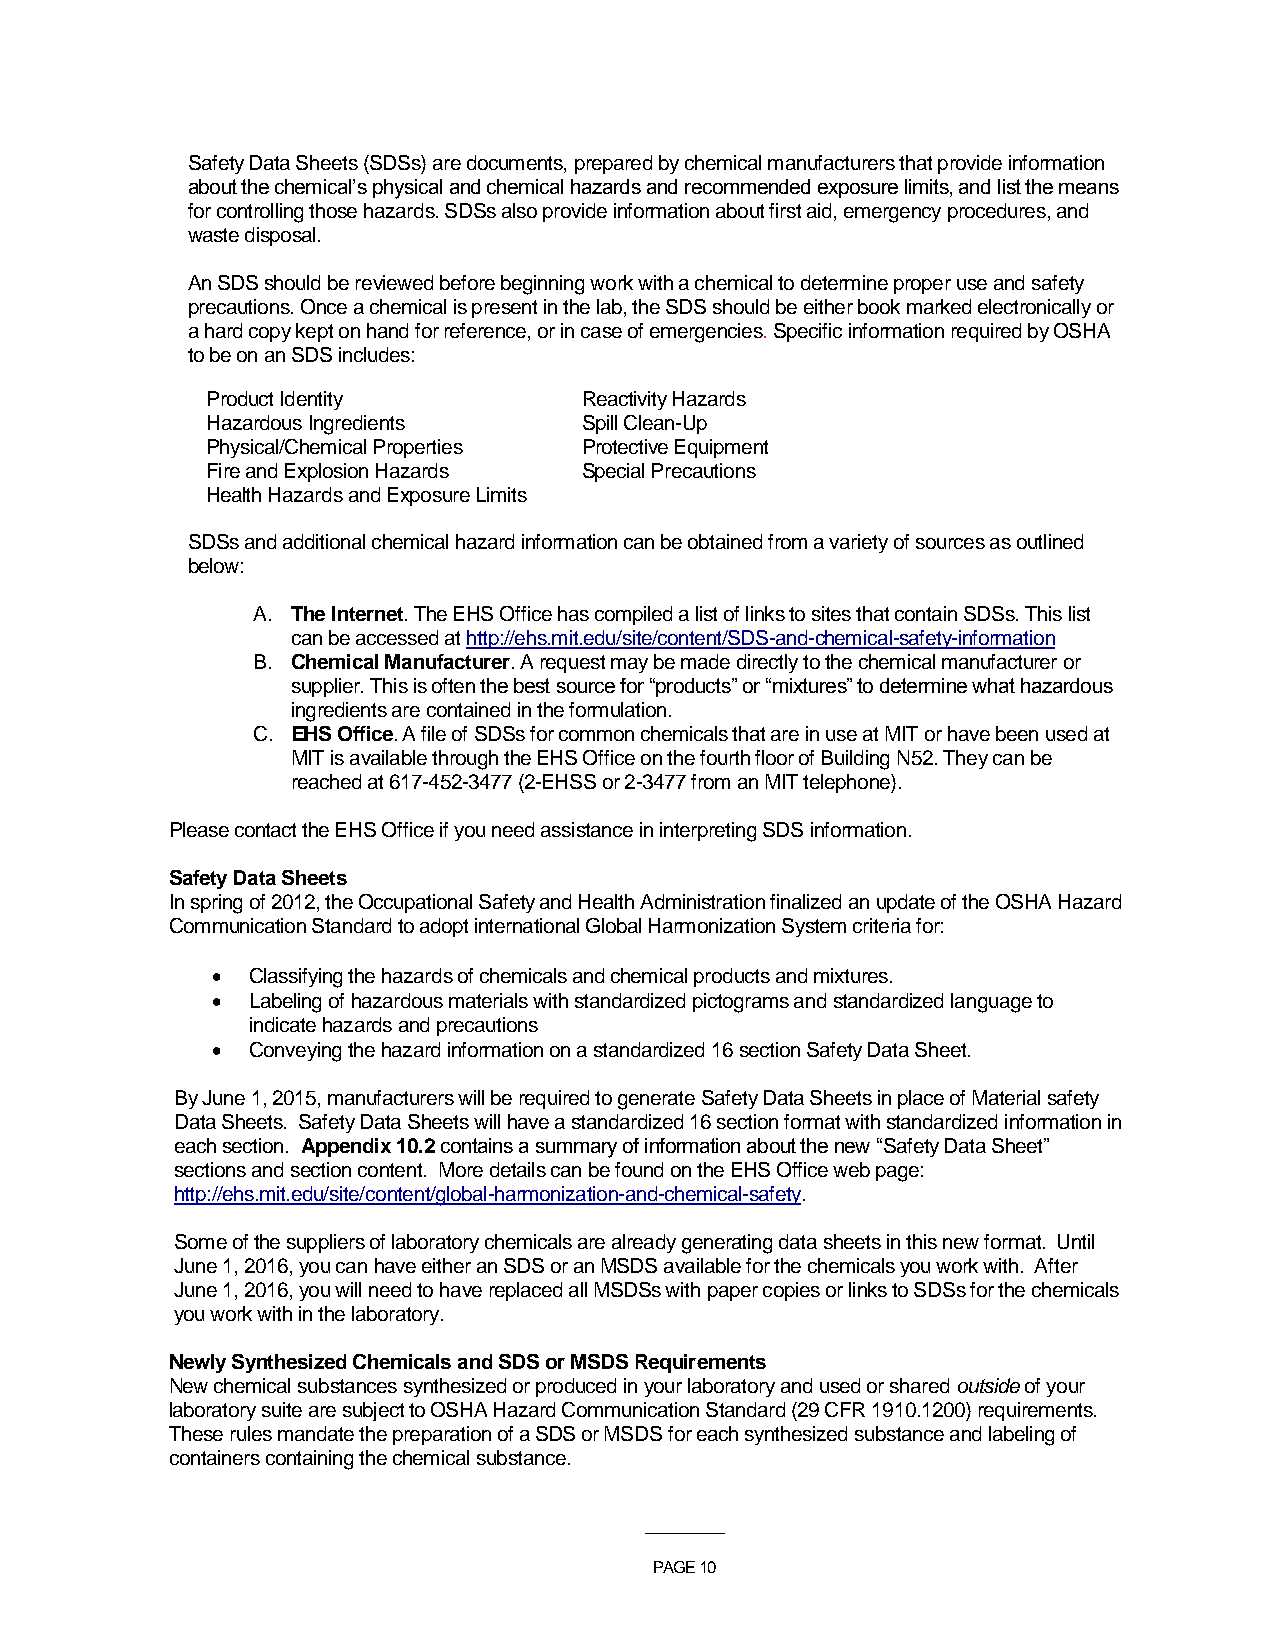
Safety Data Sheets (SDSs) are documents, prepared by chemical manufacturers that provide information
 about the chemical’s physical and chemical hazards and recommended exposure limits, and list the means
 for controlling those hazards. SDSs also provide information about first aid, emergency procedures, and
 waste disposal.
 An SDS should be reviewed before beginning work with a chemical to determine proper use and safety
 precautions. Once a chemical is present in the lab, the SDS should be either book marked electronically or
 a hard copy kept on hand for reference, or in case of emergencies. Specific information required by OSHA
 to be on an SDS includes:
 Product Identity         Reactivity Hazards
 Hazardous Ingredients    Spill Clean-Up
 Physical/Chemical Properties Protective Equipment
 Fire and Explosion Hazards Special Precautions
 Health Hazards and Exposure Limits
 SDSs and additional chemical hazard information can be obtained from a variety of sources as outlined
 below:
 A. The Internet. The EHS Office has compiled a list of links to sites that contain SDSs. This list
 can be accessed at http://ehs.mit.edu/site/content/SDS-and-chemical-safety-information
 B. Chemical Manufacturer. A request may be made directly to the chemical manufacturer or
 supplier. This is often the best source for “products” or “mixtures” to determine what hazardous
 ingredients are contained in the formulation.
 C. EHS Office. A file of SDSs for common chemicals that are in use at MIT or have been used at
 MIT is available through the EHS Office on the fourth floor of Building N52. They can be
 reached at 617-452-3477 (2-EHSS or 2-3477 from an MIT telephone).
 Please contact the EHS Office if you need assistance in interpreting SDS information.
 Safety Data Sheets
 In spring of 2012, the Occupational Safety and Health Administration finalized an update of the OSHA Hazard
 Communication Standard to adopt international Global Harmonization System criteria for:
 • Classifying the hazards of chemicals and chemical products and mixtures.
 • Labeling of hazardous materials with standardized pictograms and standardized language to
 indicate hazards and precautions
 • Conveying the hazard information on a standardized 16 section Safety Data Sheet.
 By June 1, 2015, manufacturers will be required to generate Safety Data Sheets in place of Material safety
 Data Sheets. Safety Data Sheets will have a standardized 16 section format with standardized information in
 each section. Appendix 10.2 contains a summary of information about the new “Safety Data Sheet”
 sections and section content. More details can be found on the EHS Office web page:
 http://ehs.mit.edu/site/content/global-harmonization-and-chemical-safety.
 Some of the suppliers of laboratory chemicals are already generating data sheets in this new format. Until
 June 1, 2016, you can have either an SDS or an MSDS available for the chemicals you work with. After
 June 1, 2016, you will need to have replaced all MSDSs with paper copies or links to SDSs for the chemicals
 you work with in the laboratory.
 Newly Synthesized Chemicals and SDS or MSDS Requirements
 New chemical substances synthesized or produced in your laboratory and used or shared outside of your
 laboratory suite are subject to OSHA Hazard Communication Standard (29 CFR 1910.1200) requirements.
 These rules mandate the preparation of a SDS or MSDS for each synthesized substance and labeling of
 containers containing the chemical substance.
 ___________
 PAGE 10